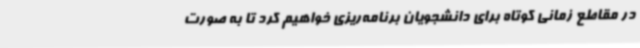
در مقاطع زمانی کوتاه برای دانشجویان برنامه‌ریزی خواهیم کرد تا به صورت